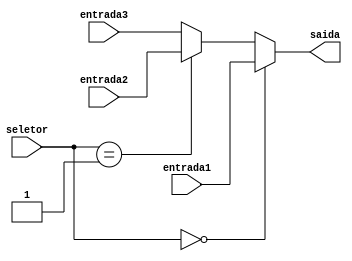
module MUXhazard1 (entrada1, entrada2, entrada3, seletor, saida);

    input wire [31:0] entrada1, entrada2, entrada3;
    input wire [1:0] seletor;
    output [31:0] saida;
    
    assign saida = (seletor == 0) ? entrada1 : ((seletor == 2'b01) ? entrada2 : entrada3);
endmodule